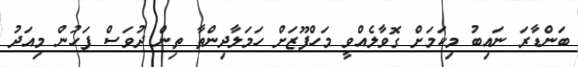
ބަންޑާރަ ނައިބު މިކަމަށް ގޮވާލެއްވީ މަހްފޫޒަށް ހަމަލާދިންތާ ތިން ދުވަސް ފަހުން މިއަދު